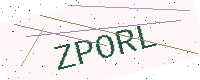
Text: ZPORL